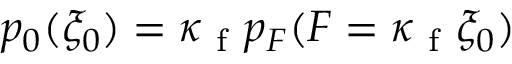
p _ { 0 } ( \xi _ { 0 } ) = \kappa _ { \mathrm { ~ f ~ } } p _ { F } ( F = \kappa _ { \mathrm { ~ f ~ } } \xi _ { 0 } )